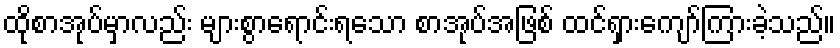
ထိုစာအုပ်မှာလည်း များစွာရောင်းရသော စာအုပ်အဖြစ် ထင်ရှားကျော်ကြားခဲ့သည်။